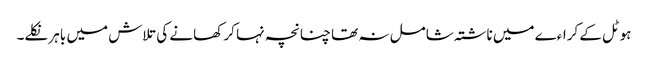
ہوٹل کے کراءے میں ناشتہ شامل نہ تھا چنانچہ نہا کر کھانے کی تلاش میں باہر نکلے۔